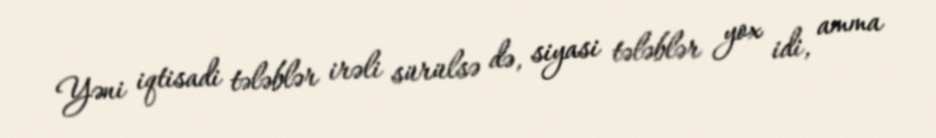
Yəni iqtisadi tələblər irəli sürülsə də, siyasi tələblər yox idi, amma